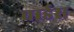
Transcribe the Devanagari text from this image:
वार्डस